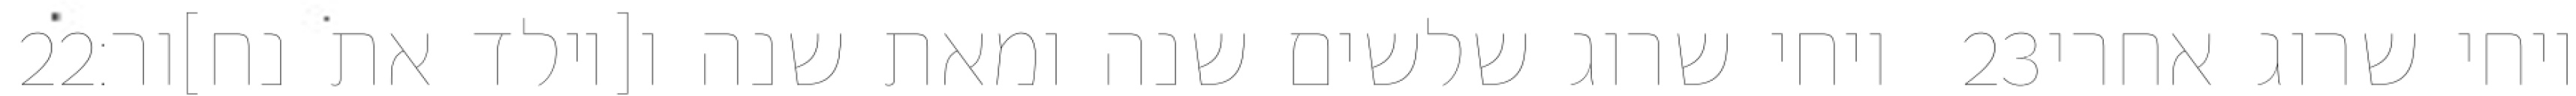
‎22‏ ויחי שרוג שלשים שנה ומאת שנה ו[יולד את נח]ור׃ ‎23‏ ויחי שרוג אחרי